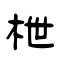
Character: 枻